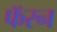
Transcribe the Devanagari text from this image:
फॅरन